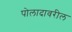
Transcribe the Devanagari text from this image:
पोलादावरील